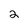
Character: 2